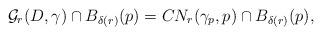
LaTeX: \begin{align*}\mathcal{G}_{r}(D,\gamma)\cap B_{\delta(r)}(p)= CN_{r}(\gamma_p,p)\cap B_{\delta(r)}(p), \end{align*}